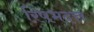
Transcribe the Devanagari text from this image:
रिषभदत्त